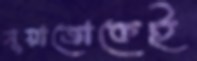
সুয়াজোকেই